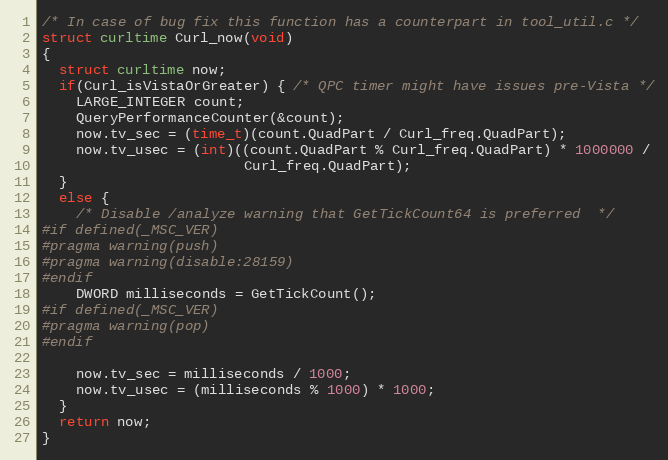
Language: C
/* In case of bug fix this function has a counterpart in tool_util.c */
struct curltime Curl_now(void)
{
  struct curltime now;
  if(Curl_isVistaOrGreater) { /* QPC timer might have issues pre-Vista */
    LARGE_INTEGER count;
    QueryPerformanceCounter(&count);
    now.tv_sec = (time_t)(count.QuadPart / Curl_freq.QuadPart);
    now.tv_usec = (int)((count.QuadPart % Curl_freq.QuadPart) * 1000000 /
                        Curl_freq.QuadPart);
  }
  else {
    /* Disable /analyze warning that GetTickCount64 is preferred  */
#if defined(_MSC_VER)
#pragma warning(push)
#pragma warning(disable:28159)
#endif
    DWORD milliseconds = GetTickCount();
#if defined(_MSC_VER)
#pragma warning(pop)
#endif

    now.tv_sec = milliseconds / 1000;
    now.tv_usec = (milliseconds % 1000) * 1000;
  }
  return now;
}